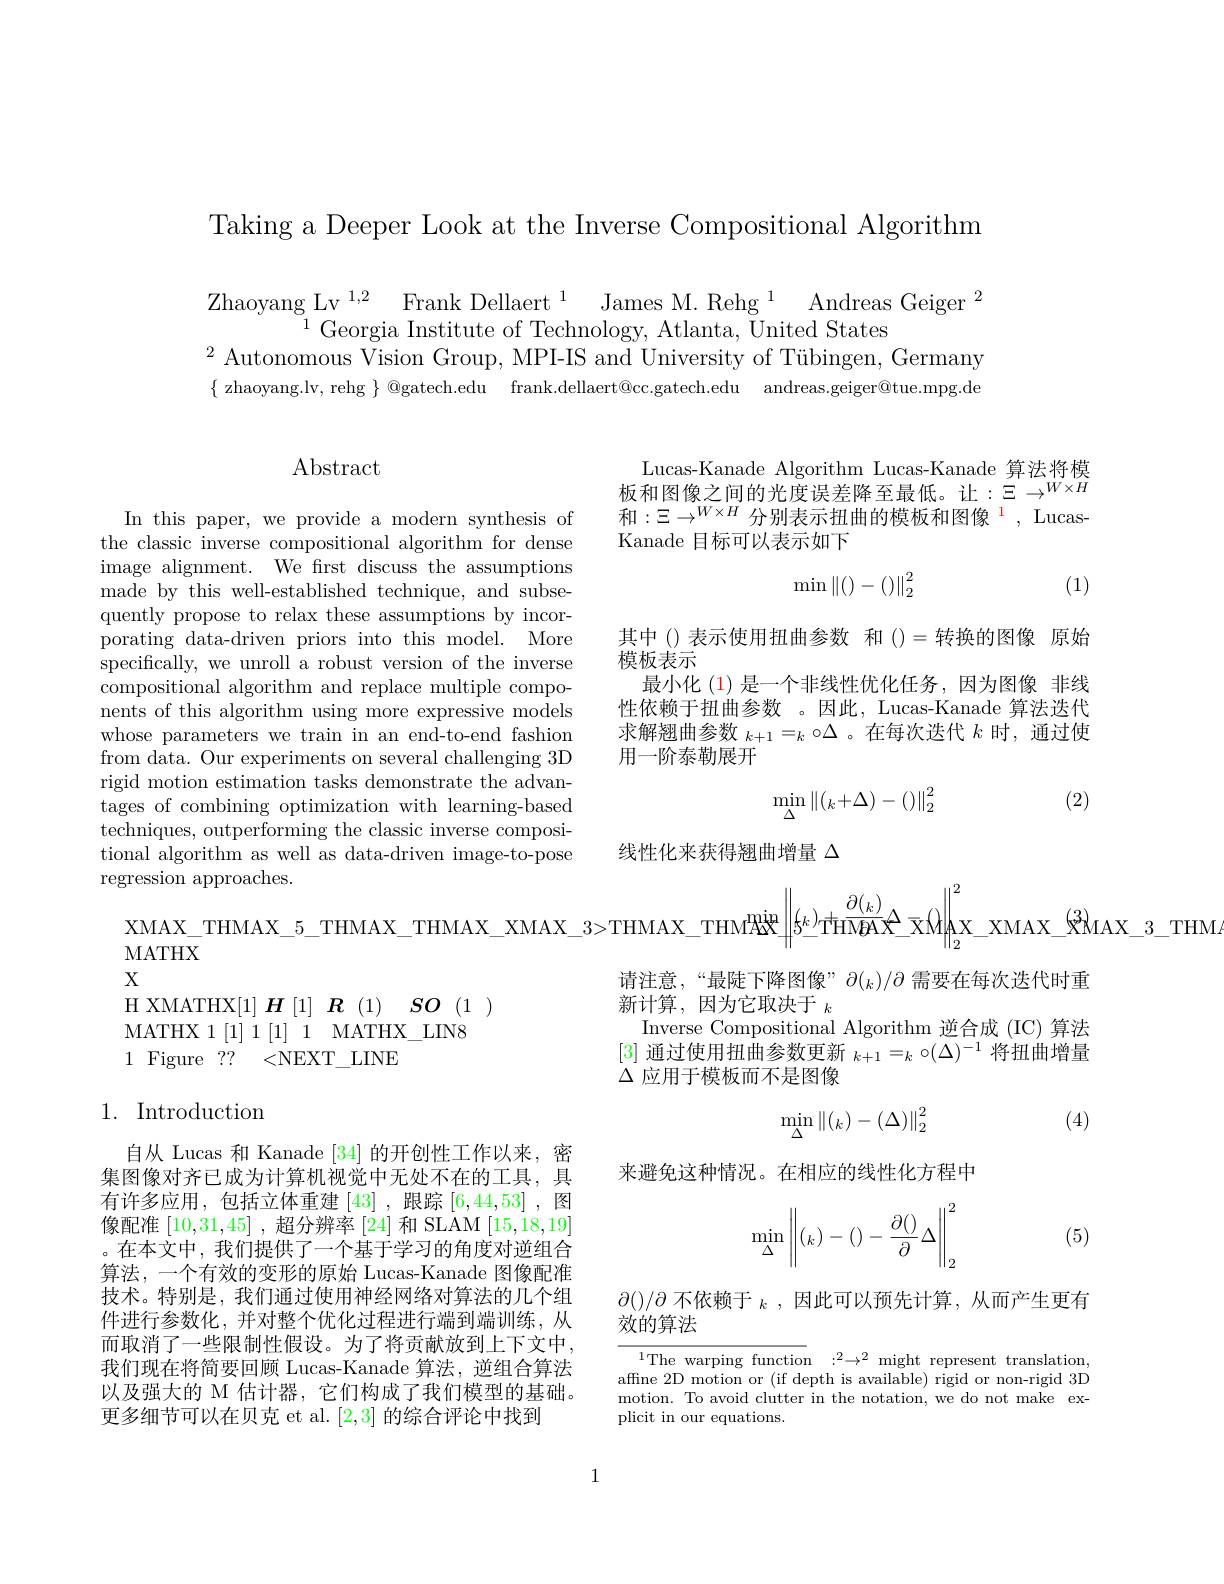
Taking a Deeper Look at the Inverse Compositional Algorithm

Zhaoyang Lv$^{1, 2}$ Frank Dellaert$^1$ James M. Rehg$^1$ Andreas Geiger$^2$
$^{\mathrm{o}}_{1}$Georgia Institute of Technology, Atlanta, United States
$^{2}$Autonomous Vision Group, MPI-IS and University of Tübingen, Germany $\{$ zhaoyang.lv, rehg $\}$ @gatech.edu frank.dellaert@cc.gatech.edu andreas.geiger@tue.mpg.de

# $\operatorname{Abstract}$

In this paper, we provide a modern synthesis of the classic inverse compositional algorithm for dense image alignment. We frst discuss the assumptions made by this well-established technique, and subsequently propose to relax these assumptions by incorporating data-driven priors into this model. More specifically, we unroll a robust version of the inverse compositional algorithm and replace multiple compo- $\bar{\text{nents of this algorithm using more expressive models}}$ whose parameters we train in an end-to-end fashion from data. Our experiments on several challenging 3D rigid motion estimation tasks demonstrate the advantages of combining optimization with learning-based techniques, outperforming the classic inverse compositional algorithm as well as data-driven image-to-pose regression approaches.

MATHX

$X$
H XMATHX[1] $\boldsymbol{H}[1]\boldsymbol{R}(1)\boldsymbol{SO}(1)$
MATHX 1 [1] 1 [1] 1 MATHX\_LIN8
1 Figure ?? <NEXT\_LINE

## 1. Introduction

自从 Lucas 和 Kanade [34]的开创性工作以来，密集图像对齐已成为计算机视觉中无处不在的工具，具有许多应用，包括立体重建[43],跟踪[6,44,53],图像配准[10,31,45] ,超分辨率 [24] 和 SLAM [15,18,19] 。在本文中，我们提供了一个基于学习的角度对逆组合算法，一个有效的变形的原始 Lucas-Kanade 图像配准技术。特别是，我们通过使用神经网络对算法的几个组件进行参数化，并对整个优化过程进行端到端训练，从而取消了一些限制性假设。为了将贡献放到上下文中我们现在将简要回顾 Lucas-Kanade 算法，逆组合算法以及强大的 M 估计器，它们构成了我们模型的基础。更多细节可以在贝克 et al. [2,3]的综合评论中找到

Lucas-Kanade Algorithm Lucas-Kanade 算法将模板和图像之间的光度误差降至最低。让：$\Xi\to^{W\times H}$ 和$:\Xi\to^{W\times H}$分别表示扭曲的模板和图像$^1$,LucasKanade 目标可以表示如下

(1)
$$\min\begin{Vmatrix}()-()\end{Vmatrix}_2^2$$
其中()表示使用扭曲参数 和()=转换的图像 原始
模板表示
最小化 (1) 是一个非线性优化任务 ,因为图像 非线性依赖于扭曲参数 。因此，Lucas-Kanade 算法迭代求解翘曲参数$_{k+1}=_k\circ\Delta$ 。在每次迭代$k$时，通过使用一阶泰勒展开

(2)
$$\min\limits_{\Delta}\left\|(_k+\Delta)-()\right\|_2^2$$
线性化来获得翘曲增量$\Delta$

$\mathrm{MAX\_THMAX\_5\_THMAX\_THMAX\_XMAX\_3>THMAX\_THM}^{\mathrm{mig}}\left\|_{5^{(k-)}\mathrm{THMBAX\_X}}^{\mathrm{mig}}\right\|_{5^{(k-)}\mathrm{THMBAX}}^{\mathrm{\Delta}}$x$\mathrm{MAX\_XMAX\_3\_THN}^{2}$

请注意，“最陡下降图像”$\partial(_k)/\partial$需要在每次迭代时重
新计算，因为它取决于$_k$
Inverse Compositional Algorithm 逆合成 (IC) 算法[3]通过使用扭曲参数更新$_k+1=_k\circ(\Delta)^{-1}$将扭曲增量$\Delta$应用于模板而不是图像

(4)
$$\min\limits_{\Delta}\left\|(_k)-(\Delta)\right\|_2^2$$
来避免这种情况。在相应的线性化方程中
$$\min\limits_{\Delta}\left\|(_k)-()-\frac{\partial()}{\partial}\Delta\right\|_2^2$$
(5)

$\partial()/\partial\text{ 不依赖于 }_k$,因此可以预先计算，从而产生更有
效的算法

$^{1}$The warping function $: ^2\to ^2$might represent translation, affine 2D motion or (if depth is available) rigid or non-rigid 3D motion. To avoid clutter in the notation, we do not make explicit in our equations.

1